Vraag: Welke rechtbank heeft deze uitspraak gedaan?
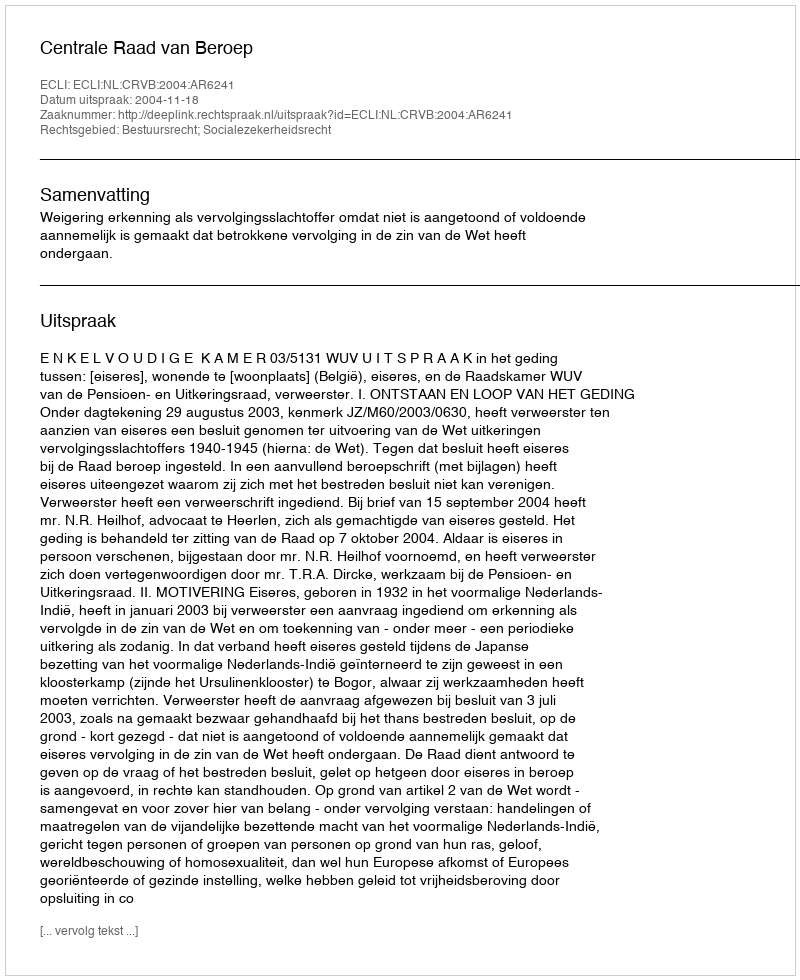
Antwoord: Centrale Raad van Beroep